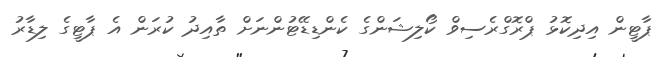
ޕާޓީން އިދިކޮޅު ޕްރޮގްރެސިވް ކޯލިޝަންގެ ކެންޑިޑޭޓުންނަށް ތާއިދު ކުރަން އެ ޕާޓީގެ ލިޑާރު